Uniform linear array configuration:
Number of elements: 64
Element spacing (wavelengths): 1
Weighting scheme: kaiser
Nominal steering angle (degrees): -60
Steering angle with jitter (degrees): -61.969
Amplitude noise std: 0.05
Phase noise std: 0.05

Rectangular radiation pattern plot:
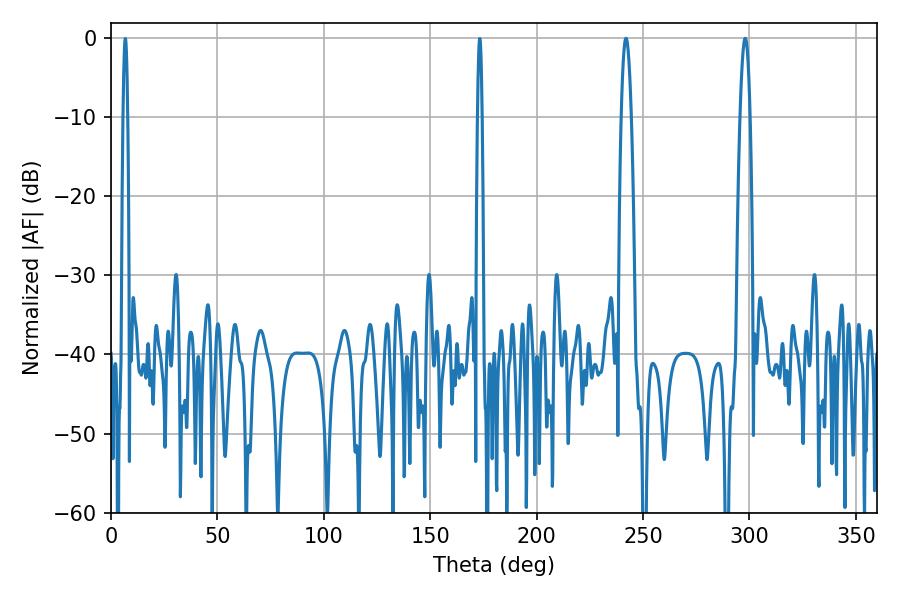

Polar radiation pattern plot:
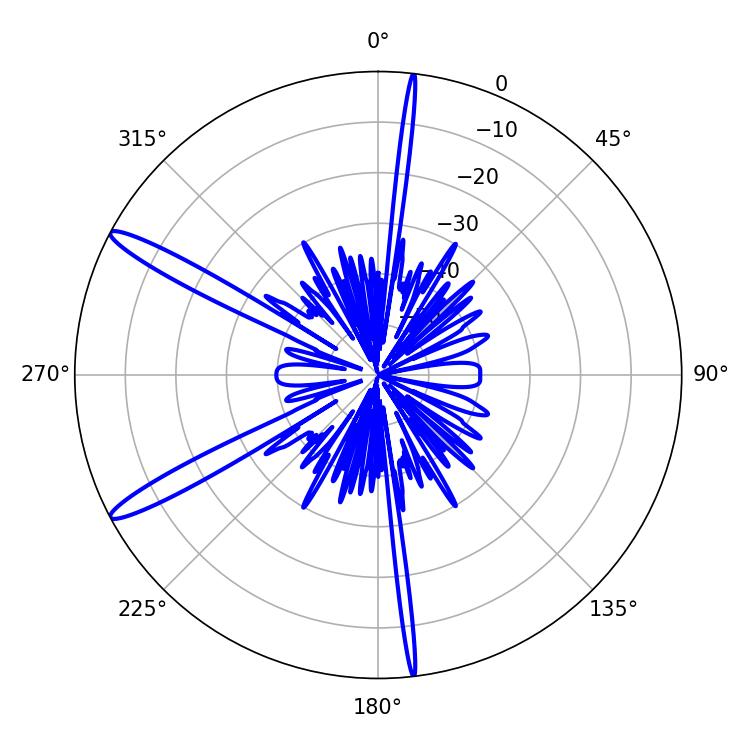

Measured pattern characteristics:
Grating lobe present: TRUE
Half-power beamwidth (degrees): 2.52
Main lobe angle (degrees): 241.92